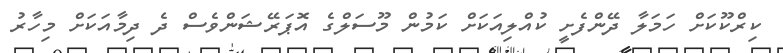
ކިރްކޫކަށް ހަމަލާ ދޭންފެށީ ކުއްލިއަކަށް ކަމުން މޫސަލްގެ އޮޕަރޭޝަންވެސް ދެ ދިމާއަކަށް މިހާރު